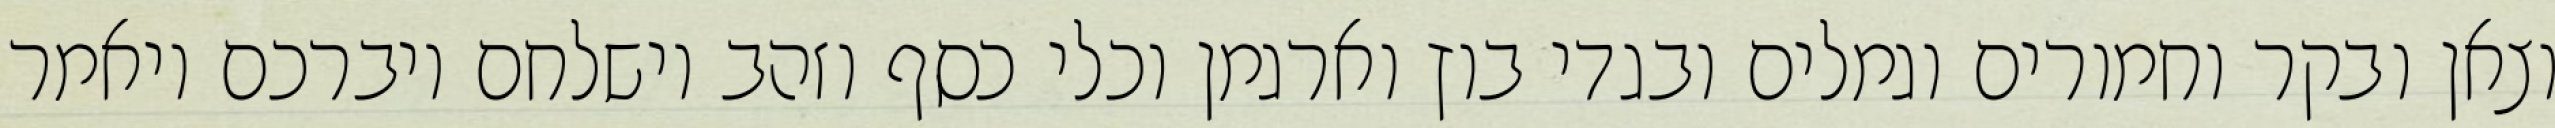
וצאן ובקר וחמורים וגמלים ובגדי בוץ וארגמן וכלי כסף וזהב וישלחם ויברכם ויאמר